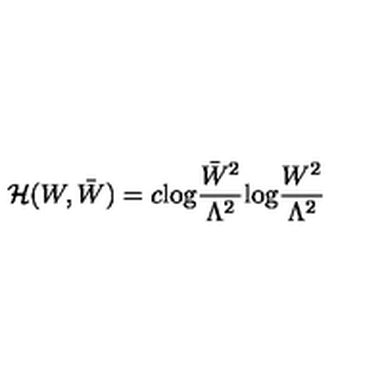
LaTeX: { \cal H } ( W , \bar { W } ) = c \mathrm { l o g } \frac { \bar { W } ^ { 2 } } { \Lambda ^ { 2 } } \mathrm { l o g } \frac { W ^ { 2 } } { \Lambda ^ { 2 } }